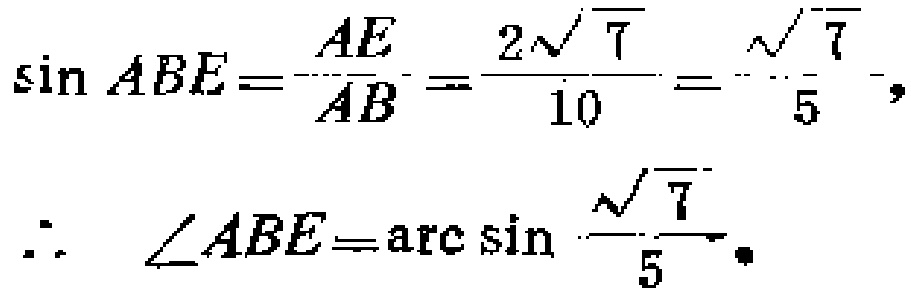
\[\sin ABE=\frac{AE}{AB}=\frac{2\sqrt{7}}{10}=\frac{\sqrt{7}}{5},\]
\[\therefore\angle ABE = \arcsin\frac{\sqrt{7}}{5}.\]